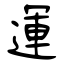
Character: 運